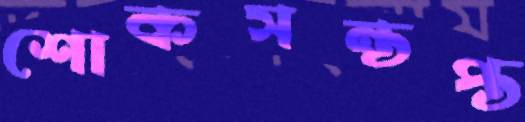
শোকসন্তপ্ত